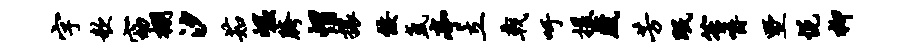
字欹窈棚汐茹崛胯帽攘佞氲亭立戟吁援藏芳眠笙嚼墅悦柳